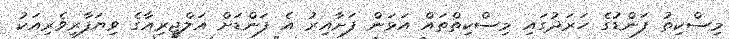
މިސްކިތު ފަންޑުގެ ހަރަދުގައި މިސްކިތްތައް އަޅަން ފަށާއިރު އެ ފަންޑަށް އަލްޖީރިއާގެ ވިޔަފާރިވެރިއަކު